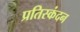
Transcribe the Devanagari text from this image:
प्रतिस्कंदन